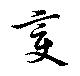
変